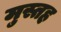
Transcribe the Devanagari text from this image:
मुस्तह